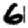
Digit: 6